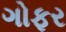
ગોફર